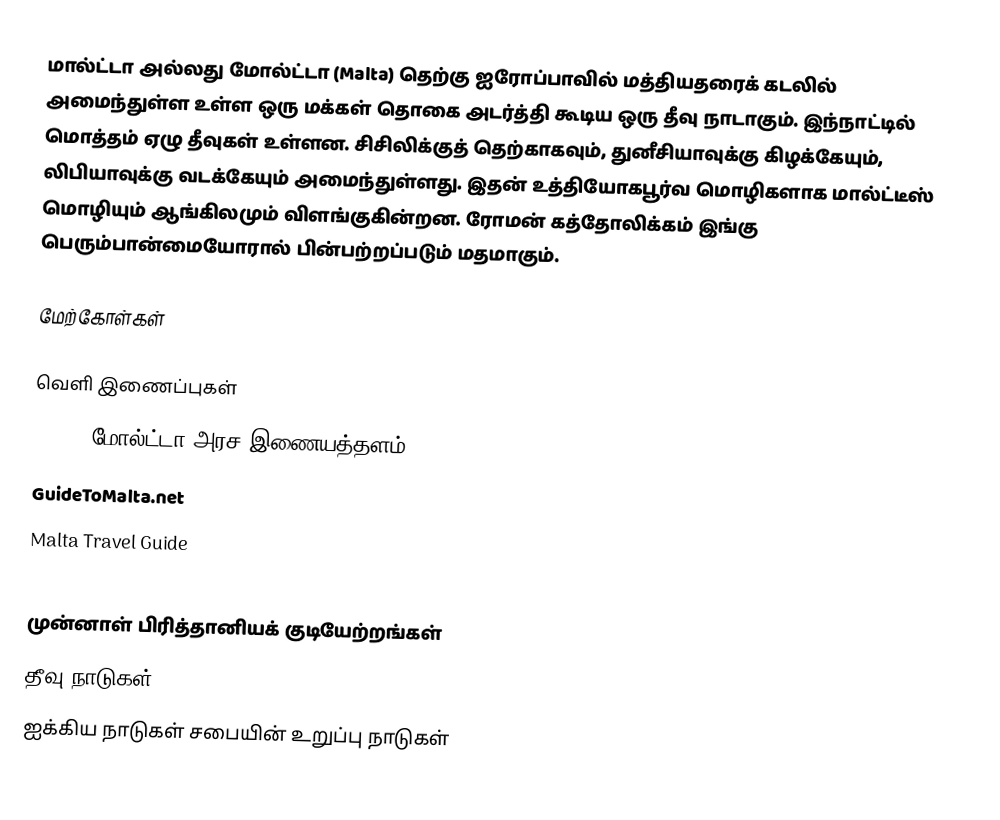
மால்ட்டா அல்லது மோல்ட்டா (Malta) தெற்கு ஐரோப்பாவில் மத்தியதரைக் கடலில் அமைந்துள்ள உள்ள ஒரு மக்கள் தொகை அடர்த்தி கூடிய ஒரு தீவு நாடாகும். இந்நாட்டில் மொத்தம் ஏழு தீவுகள் உள்ளன. சிசிலிக்குத் தெற்காகவும், துனீசியாவுக்கு கிழக்கேயும், லிபியாவுக்கு வடக்கேயும் அமைந்துள்ளது. இதன் உத்தியோகபூர்வ மொழிகளாக மால்ட்டீஸ் மொழியும் ஆங்கிலமும் விளங்குகின்றன. ரோமன் கத்தோலிக்கம் இங்கு பெரும்பான்மையோரால் பின்பற்றப்படும் மதமாகும்.

மேற்கோள்கள்

வெளி இணைப்புகள்
 Gov.mt மோல்ட்டா அரச இணையத்தளம்
 GuideToMalta.net
 Malta Travel Guide

முன்னாள் பிரித்தானியக் குடியேற்றங்கள்
தீவு நாடுகள்
ஐக்கிய நாடுகள் சபையின் உறுப்பு நாடுகள்